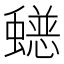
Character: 𮕄